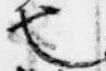
也